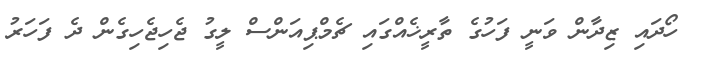
ހޯދައި ޒިދާން ވަނީ ފަހުގެ ތާރީޚެއްގައި ޗެމްޕިއަންސް ލީގު ޖެހިޖެހިގެން ދެ ފަހަރު